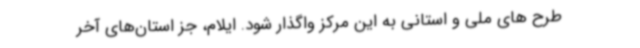
طرح های ملی و استانی به این مرکز واگذار شود. ایلام، جز استان‌های آخر